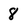
Character: 8